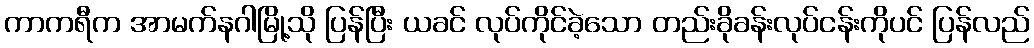
ကာကရီက အာမက်နဂါမြို့သို ပြန်ပြီး ယခင် လုပ်ကိုင်ခဲ့သော တည်းခိုခန်းလုပ်ငန်းကိုပင် ပြန်လည်